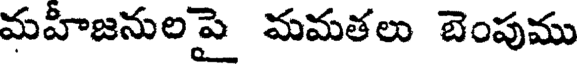
మహీజనులపై మమతలు బెంపుము